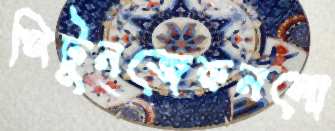
পিটুনজেরুনলো